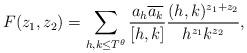
LaTeX: \begin{align*}F(z_1,z_2) = \sum_{h,k \leq T^\theta} \frac{a_h \overline{a_k}}{[h,k]} \frac{(h,k)^{z_1 + z_2}}{h^{z_1} k^{z_2}},\end{align*}